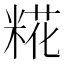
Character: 糀